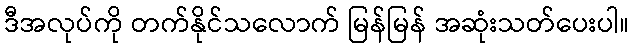
ဒီအလုပ်ကို တက်နိုင်သလောက် မြန်မြန် အဆုံးသတ်ပေးပါ။